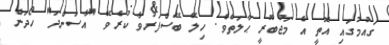
ގައުމުގައި އޮތީ އެ މަޖުބޫރީ ޙާލަތެވެ. ހިލޭ ބޭސްފަރުވާ ކުރެވޭ "އާސަންދަ" ހޯދަން